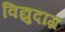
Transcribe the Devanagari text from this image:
विद्युदाग्र